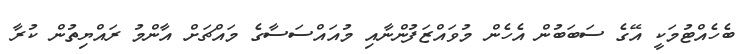
ބެހެއްޓުމަކީ އޭގެ ސަބަބުން އެހެން މުވައްޒަފުންނާއި މުއައްސަސާގެ މައްޗަށް އާންމު ރައްޔިތުން ކުރާ